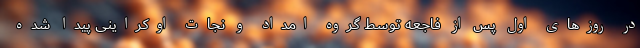
در روزهای اول پس از فاجعه توسط گروه امداد و نجات اوکراینی پیدا شده